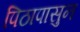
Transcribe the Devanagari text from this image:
पिठापासुन